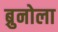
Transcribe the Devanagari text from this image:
ब्रुनोला